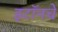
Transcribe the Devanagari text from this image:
इटॉनचे